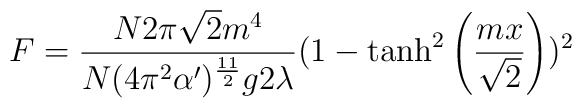
F=\frac{N2\pi \sqrt{2}m^4}{N(4\pi^2\alpha')^{\frac{11}{2}}g2\lambda}(1-\tanh^2\left(\frac{mx}{\sqrt{2}}\right))^2